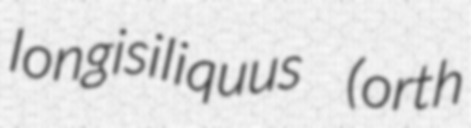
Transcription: longisiliquus (orth